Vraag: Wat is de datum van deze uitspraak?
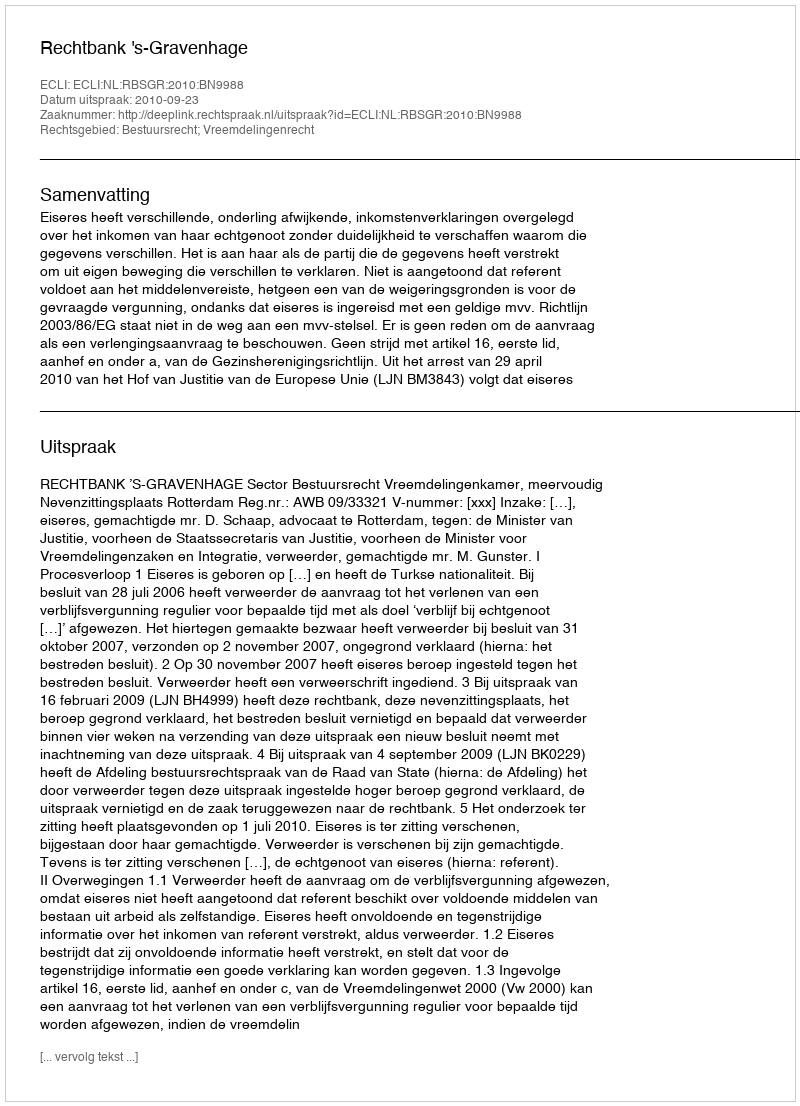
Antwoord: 2010-09-23